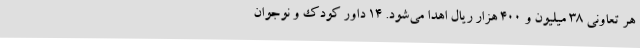
هر تعاونی 38 میلیون و 400 هزار ریال اهدا می‌شود. 14 داور کودک و نوجوان